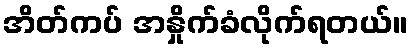
အိတ်ကပ် အနှိုက်ခံလိုက်ရတယ်။